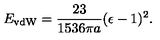
E _ { \mathrm { v d W } } = { \frac { 2 3 } { 1 5 3 6 \pi a } } ( \epsilon - 1 ) ^ { 2 } .